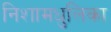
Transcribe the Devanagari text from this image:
निशामधुलिका